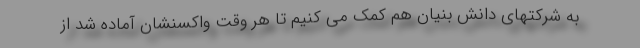
به شرکتهای دانش بنیان هم کمک می کنیم تا هر وقت واکسنشان آماده شد از